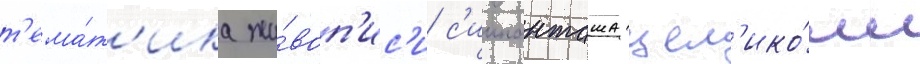
т'ема́т'ика жи́воп'ис'и с'иипанташа цел'ико́м